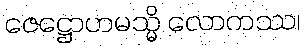
ဇေဋ္ဌောဟမသ္မိ လောကဿ၊